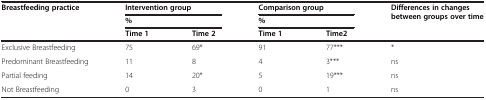
<table><thead><tr><td rowspan="2"><b>Breastfeeding practice</b></td><td colspan="2"><b>Intervention group</b></td><td colspan="2"><b>Comparison group</b></td><td rowspan="2"><b>Differences in changes between groups over time</b></td></tr><tr><td colspan="2"><b>%</b></td><td colspan="2"><b>%</b></td></tr><tr><td></td><td><b>Time 1</b></td><td><b>Time 2</b></td><td><b>Time 1</b></td><td><b>Time2</b></td><td></td></tr></thead><tbody><tr><td>Exclusive Breastfeeding</td><td>75</td><td>69*</td><td>91</td><td>77***</td><td>*</td></tr><tr><td>Predominant Breastfeeding</td><td>11</td><td>8</td><td>4</td><td>3***</td><td>ns</td></tr><tr><td>Partial feeding</td><td>14</td><td>20*</td><td>5</td><td>19***</td><td>ns</td></tr><tr><td>Not Breastfeeding</td><td>0</td><td>3</td><td>0</td><td>1</td><td>ns</td></tr></tbody></table>